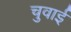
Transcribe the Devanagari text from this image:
चुवाई